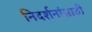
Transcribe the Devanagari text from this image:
निदर्शनांसाठी